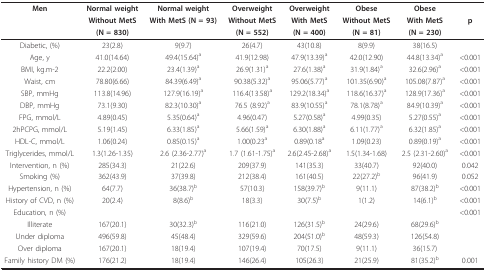
<table><thead><tr><td><b>Men</b></td><td><b>Normal weight</b></td><td><b>Normal weight</b></td><td><b>Overweight</b></td><td><b>Overweight</b></td><td><b>Obese</b></td><td><b>Obese</b></td><td></td></tr><tr><td></td><td><b>Without MetS</b></td><td><b>With MetS (N = 93)</b></td><td><b>Without MetS</b></td><td><b>With MetS</b></td><td><b>Without MetS</b></td><td><b>With MetS</b></td><td><b>p</b></td></tr><tr><td></td><td><b>(N = 830)</b></td><td></td><td><b>(N = 552)</b></td><td><b>(N = 400)</b></td><td><b>(N = 81)</b></td><td><b>(N = 230)</b></td><td></td></tr></thead><tbody><tr><td>Diabetic, (%)</td><td>23(2.8)</td><td>9(9.7)</td><td>26(4.7)</td><td>43(10.8)</td><td>8(9.9)</td><td>38(16.5)</td><td></td></tr><tr><td>Age, y</td><td>41.0(14.64)</td><td>49.4(15.64)<sup>a</sup></td><td>41.9(12.98)</td><td>47.9(13.39)<sup>a</sup></td><td>42.0(12.90)</td><td>44.8(13.34)<sup>a</sup></td><td>&lt;0.001</td></tr><tr><td>BMI, kg.m-2</td><td>22.2(2.00)</td><td>23.4(1.39)<sup>a</sup></td><td>26.9(1.31)<sup>a</sup></td><td>27.6(1.38)<sup>a</sup></td><td>31.9(1.84)<sup>a</sup></td><td>32.6(2.96)<sup>a</sup></td><td>&lt;0.001</td></tr><tr><td>Waist, cm</td><td>78.80(6.66)</td><td>84.39(6.49)<sup>a</sup></td><td>90.38(5.32)<sup>a</sup></td><td>95.06(5.77)<sup>a</sup></td><td>101.35(6.90)<sup>a</sup></td><td>105.08(7.87)<sup>a</sup></td><td>&lt;0.001</td></tr><tr><td>SBP, mmHg</td><td>113.8(14.96)</td><td>127.9(16.19)<sup>a</sup></td><td>116.4(13.58)<sup>a</sup></td><td>129.2(18.34)<sup>a</sup></td><td>118.6(16.37)<sup>a</sup></td><td>128.9(17.36)<sup>a</sup></td><td>&lt;0.001</td></tr><tr><td>DBP, mmHg</td><td>73.1(9.30)</td><td>82.3(10.30)<sup>a</sup></td><td>76.5 (8.92)<sup>a</sup></td><td>83.9(10.55)<sup>a</sup></td><td>78.1(8.78)<sup>a</sup></td><td>84.9(10.39)<sup>a</sup></td><td>&lt;0.001</td></tr><tr><td>FPG, mmol/L</td><td>4.89(0.45)</td><td>5.35(0.64)<sup>a</sup></td><td>4.96(0.47)</td><td>5.27(0.58)<sup>a</sup></td><td>4.99(0.35)</td><td>5.27(0.55)<sup>a</sup></td><td>&lt;0.001</td></tr><tr><td>2hPCPG, mmol/L</td><td>5.19(1.45)</td><td>6.33(1.85)<sup>a</sup></td><td>5.66(1.59)<sup>a</sup></td><td>6.30(1.88)<sup>a</sup></td><td>6.11(1.77)<sup>a</sup></td><td>6.32(1.85)<sup>a</sup></td><td>&lt;0.001</td></tr><tr><td>HDL-C, mmol/L</td><td>1.06(0.24)</td><td>0.85(0.15)<sup>a</sup></td><td>1.00(0.23<sup>a</sup></td><td>0.89(0.18<sup>a</sup></td><td>1.09(0.23)</td><td>0.89(0.19)<sup>a</sup></td><td>&lt;0.001</td></tr><tr><td>Triglycerides, mmol/L</td><td>1.3(1.26-1.35)</td><td>2.6 (2.36-2.77)<sup>a</sup></td><td>1.7 (1.61-1.75)<sup>a</sup></td><td>2.6(2.45-2.68)<sup>a</sup></td><td>1.5(1.34-1.68)</td><td>2.5 (2.31-2.60)<sup>a</sup></td><td>&lt;0.001</td></tr><tr><td>Intervention, n (%)</td><td>285(34.3)</td><td>21(22.6)</td><td>209(37.9)</td><td>141(35.3)</td><td>33(40.7)</td><td>92(40.0)</td><td>0.042</td></tr><tr><td>Smoking (%)</td><td>362(43.9)</td><td>37(39.8)</td><td>212(38.4)</td><td>161(40.5)</td><td>22(27.2)<sup>b</sup></td><td>96(41.9)</td><td>0.052</td></tr><tr><td>Hypertension, n (%)</td><td>64(7.7)</td><td>36(38.7)<sup>b</sup></td><td>57(10.3)</td><td>158(39.7)<sup>b</sup></td><td>9(11.1)</td><td>87(38.2)<sup>b</sup></td><td>&lt;0.001</td></tr><tr><td>History of CVD, n (%)</td><td>20(2.4)</td><td>8(8.6)<sup>b</sup></td><td>18(3.3)</td><td>30(7.5)<sup>b</sup></td><td>1(1.2)</td><td>14(6.1)<sup>b</sup></td><td>&lt;0.001</td></tr><tr><td>Education, n (%)</td><td></td><td></td><td></td><td></td><td></td><td></td><td>&lt;0.001</td></tr><tr><td>Illiterate</td><td>167(20.1)</td><td>30(32.3)<sup>b</sup></td><td>116(21.0)</td><td>126(31.5)<sup>b</sup></td><td>24(29.6)</td><td>68(29.6)<sup>b</sup></td><td></td></tr><tr><td>Under diploma</td><td>496(59.8)</td><td>45(48.4)</td><td>329(59.6)</td><td>204(51.0)<sup>b</sup></td><td>48(59.3)</td><td>126(54.8)</td><td></td></tr><tr><td>Over diploma</td><td>167(20.1)</td><td>18(19.4)</td><td>107(19.4)</td><td>70(17.5)</td><td>9(11.1)</td><td>36(15.7)</td><td></td></tr><tr><td>Family history DM (%)</td><td>176(21.2)</td><td>18(19.4)</td><td>146(26.4)</td><td>105(26.3)</td><td>21(25.9)</td><td>81(35.2)<sup>b</sup></td><td>0.001</td></tr></tbody></table>